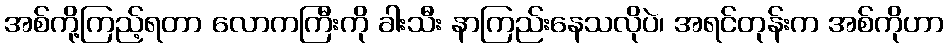
အစ်ကို့ကြည့်ရတာ လောကကြီးကို ခါးသီး နာကြည်းနေသလိုပဲ၊ အရင်တုန်းက အစ်ကိုဟာ